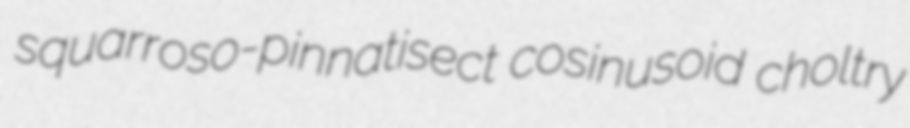
squarroso-pinnatisect cosinusoid choltry